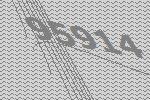
95914